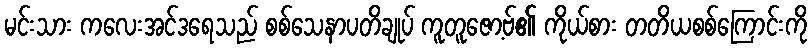
မင်းသား ကလေးအင်ဒရေသည် စစ်သေနာပတိချုပ် ကူတူဇော့ဗ်၏ ကိုယ်စား တတိယစစ်ကြောင်းကို